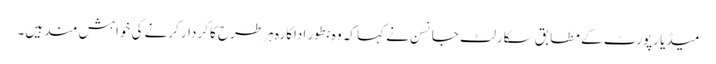
میڈیا رپورٹ کے مطابق سکارلٹ جانسن نے کہا کہ وہ بطور اداکارہ ہر طرح کا کردار کرنے کی خواہش مند ہیں۔